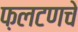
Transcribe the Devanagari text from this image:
फ़लटणचे